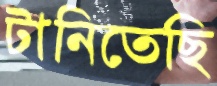
টানিতেছি